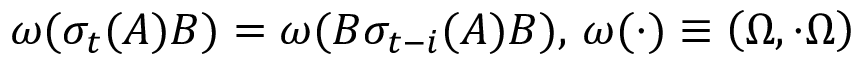
\omega ( \sigma _ { t } ( A ) B ) = \omega ( B \sigma _ { t - i } ( A ) B ) , \, \omega ( \cdot ) \equiv \left( \Omega , \cdot \Omega \right)